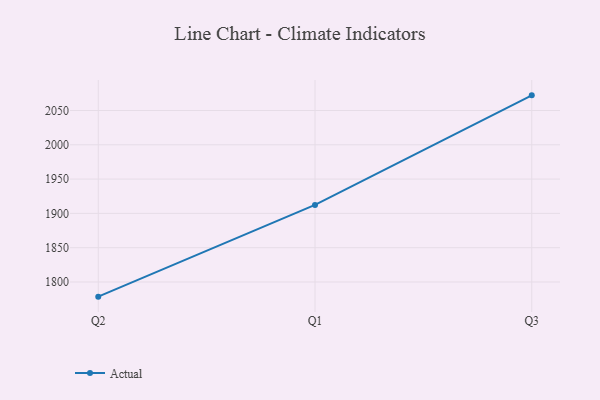
{"axis": {"x": "Quarter", "y": "Population (Million)"}, "legend": ["Actual"], "data": [{"x": "Q2", "y": 1778.6, "type": "Actual"}, {"x": "Q1", "y": 1912.4, "type": "Actual"}, {"x": "Q3", "y": 2072.1, "type": "Actual"}]}